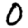
Digit: 0